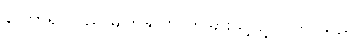
နာတာရှာသည် မျက်နှာကို တခြားသို့ လွှဲလိုက် သည်။